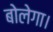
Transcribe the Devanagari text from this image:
बोलेगा।